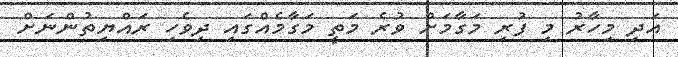
އަދި މިހާރު މި ފުރި މަގާމަށް ވުރެ މަތީ މަގާމެއްގައި ދިވެހި ރައްޔިތުންނަށް